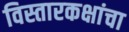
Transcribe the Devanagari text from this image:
विस्तारकक्षांचा